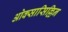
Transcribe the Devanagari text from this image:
ओक्सासिल्लिन